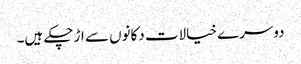
دوسرے خیالات دکانوں سے اڑ چکے ہیں۔